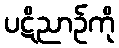
ပဋိညာဉ်ကို